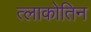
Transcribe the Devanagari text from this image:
त्लाकोतिन